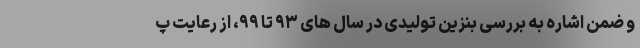
و ضمن اشاره به بررسی بنزین تولیدی در سال های ۹۳ تا ۹۹، از رعایت پ